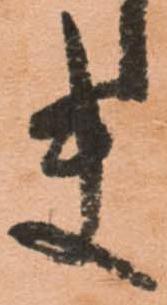
ま